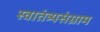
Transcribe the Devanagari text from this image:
स्वातंत्र्यसंग्राम